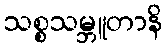
သစ္စသမ္ဘူတာနိ